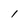
Character: 1